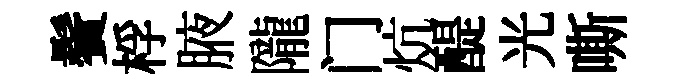
鬢桴腋隴门炕醍光嘶